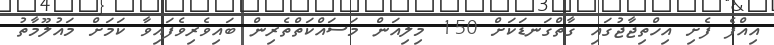
އިއްފެ ފެށި އިހްތިޖާޖުގައި ގާތްގަނޑަކަށް 150 މިލިއަން މަސައްކަތްތެރިން ބައިވެރިވެފައިވާ ކަމަށް މައުލޫމާތު